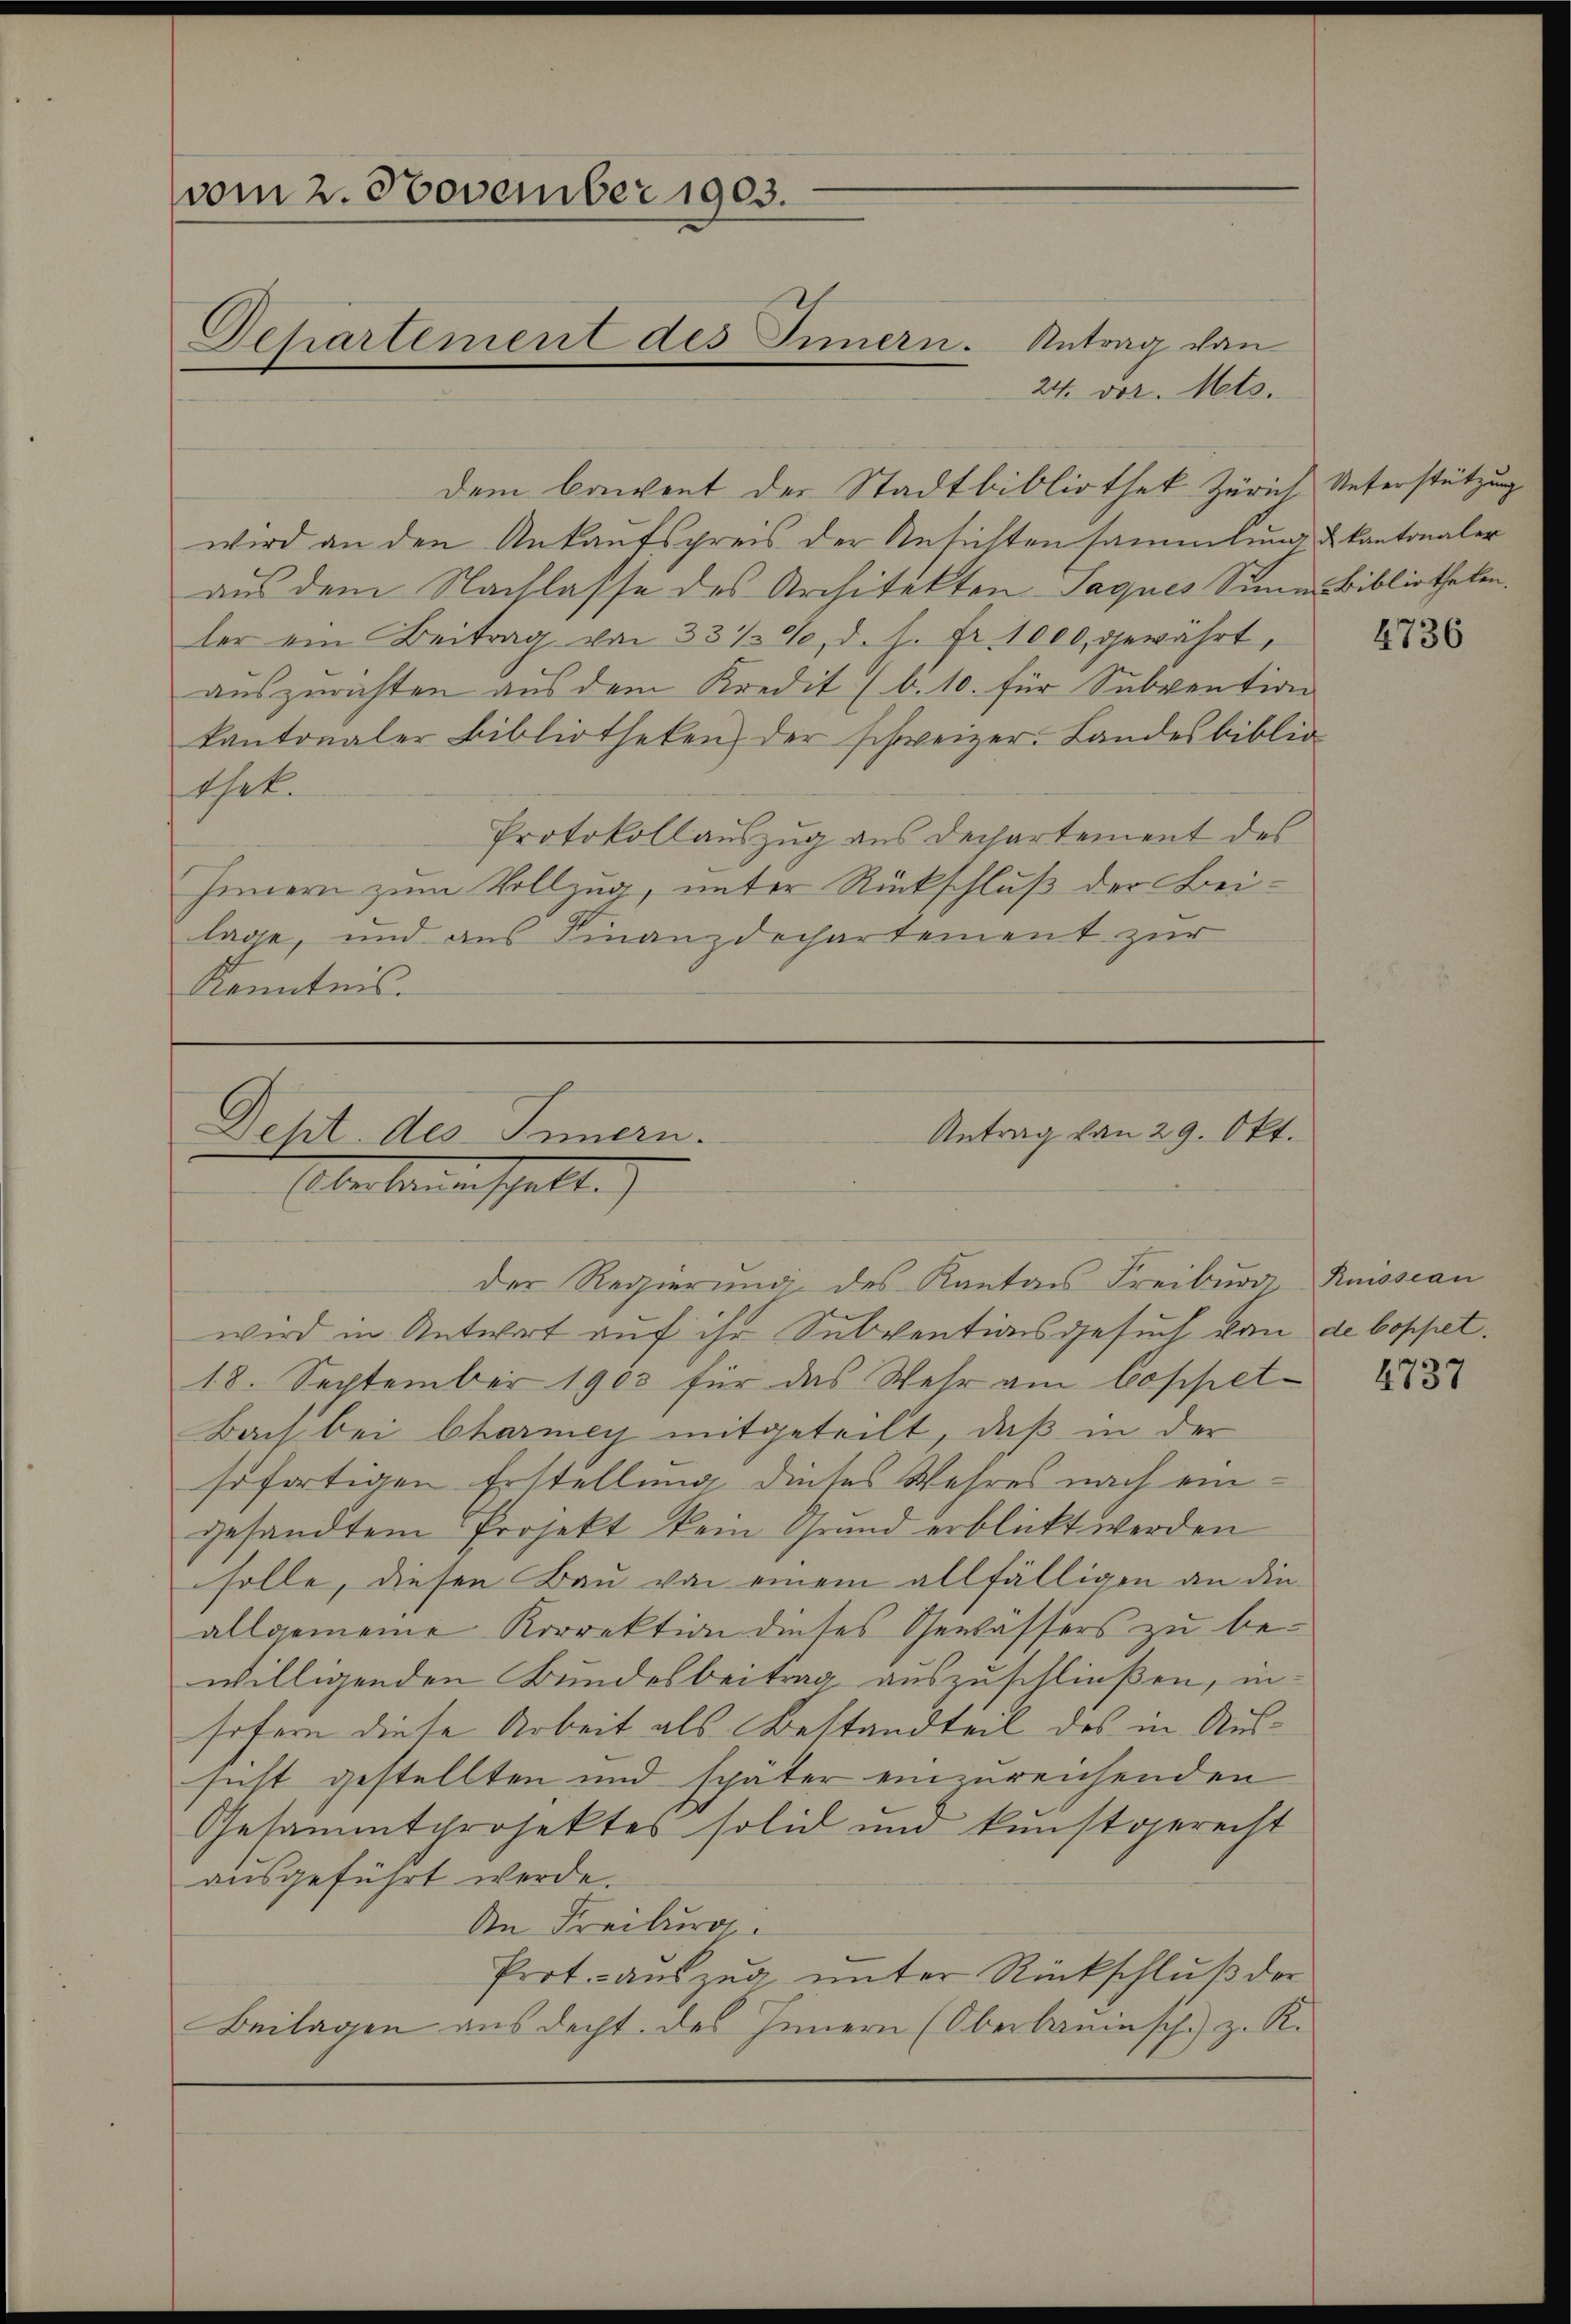
vom 2. November 1903.
Departement des Innern. Antrag von

24. vor. Mts.
dem baient der Stadtbibliothek Zürich Unterstützung
wird an den Ankaufspreis der Ansichtensammlung & Kantonaler
aus dem Nachlasse des Architekten Jaques Sinne Bibliotheken.
ler ein Beitrag von 33 1/2%, d. fr. 1000 gewährt,
auszurichten aus dem Kredit (b. 10. für Subvention
kantonaler Bibliotheken, der schweizer. Landesbiblio
thet.
Protokollauszug aus Dechartement des
Innern zum Vollzug, unter Rückschluß der Beilage, und aus Finanzdechartement zur
Kenntnis.

Deht des Innern.
berkennenschallt.

der Regierung des Kanton Freiburg Raissan
wird in Antwort auf ihr Subventionsgesuch von de Coppet¬
18. September 1903 für das Wehr am Coppet¬
Bach bei Charney mitgeteilt, daß in der
sofortigen Erstellung dieses Wahres nach eingesandtem Projekt kein Grund erblickt werden
solle, diesen Bau von einem allfälligen an die
allgemeine Korrektion dieses Gewässers zu bewilligenden Bundesbeitrag auszuschließen, insofern diese Arbeit als Bestandteil des in Aussucht gestellten und später einzureichenden
Gesammtprojektes solid und kunstgerecht
ausgeführt werde.
An Freiburg
Prot. - auszug unter Rückschluß der
Beilagen aus decht. des Innern (Oberbauinsche z. R.

Antrag von 29. Okt.

4736

4737